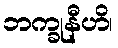
ဘက္ခုနီဟိ၊